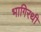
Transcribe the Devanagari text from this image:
भागिरथी